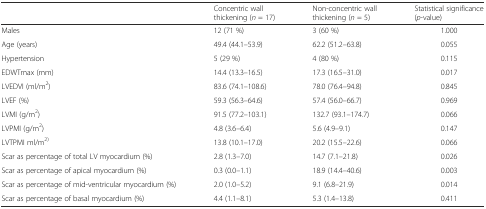
|  | Concentric wall thickening (n = 17) | Non-concentric wall thickening (n = 5) | Statistical significance (p-value) |
 | --- | --- | --- | --- |
 | Males | 12 (71 %) | 3 (60 %) | 1.000 |
 | Age (years) | 49.4 (44.1–53.9) | 62.2 (51.2–63.8) | 0.055 |
 | Hypertension | 5 (29 %) | 4 (80 %) | 0.115 |
 | EDWTmax (mm) | 14.4 (13.3–16.5) | 17.3 (16.5–31.0) | 0.017 |
 | LVEDVI (ml/m2) | 83.6 (74.1–108.6) | 78.0 (76.4–94.8) | 0.845 |
 | LVEF (%) | 59.3 (56.3–64.6) | 57.4 (56.0–66.7) | 0.969 |
 | LVMI (g/m2) | 91.5 (77.2–103.1) | 132.7 (93.1–174.7) | 0.066 |
 | LVPMI (g/m2) | 4.8 (3.6–6.4) | 5.6 (4.9–9.1) | 0.147 |
 | LVTPMI ml/m2) | 13.8 (10.1–17.0) | 20.2 (15.5–22.6) | 0.066 |
 | Scar as percentage of total LV myocardium (%) | 2.8 (1.3–7.0) | 14.7 (7.1–21.8) | 0.026 |
 | Scar as percentage of apical myocardium (%) | 0.3 (0.0–1.1) | 18.9 (14.4–40.6) | 0.003 |
 | Scar as percentage of mid-ventricular myocardium (%) | 2.0 (1.0–5.2) | 9.1 (6.8–21.9) | 0.014 |
 | Scar as percentage of basal myocardium (%) | 4.4 (1.1–8.1) | 5.3 (1.4–13.8) | 0.411 |